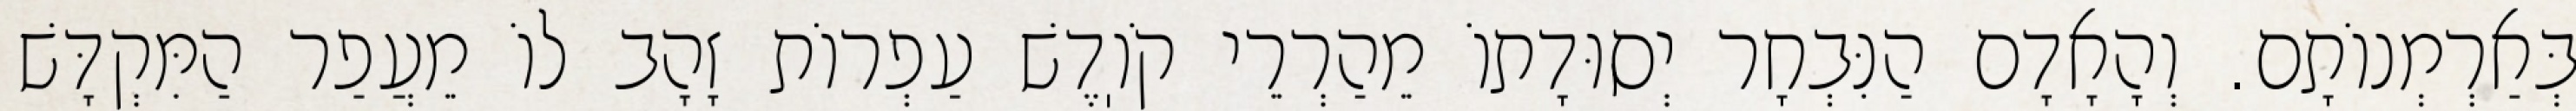
בְּאַרְמְנוֹתָם. וְהָאָדָם הַנִּבְחָר יְסוּדָתוֹ מֵהַרְרֵי קֹוֽדֶשׁ עַפְרוֹת זָהָב לוֹ מֵעֲפַר הַמִּקְדָּשׁ